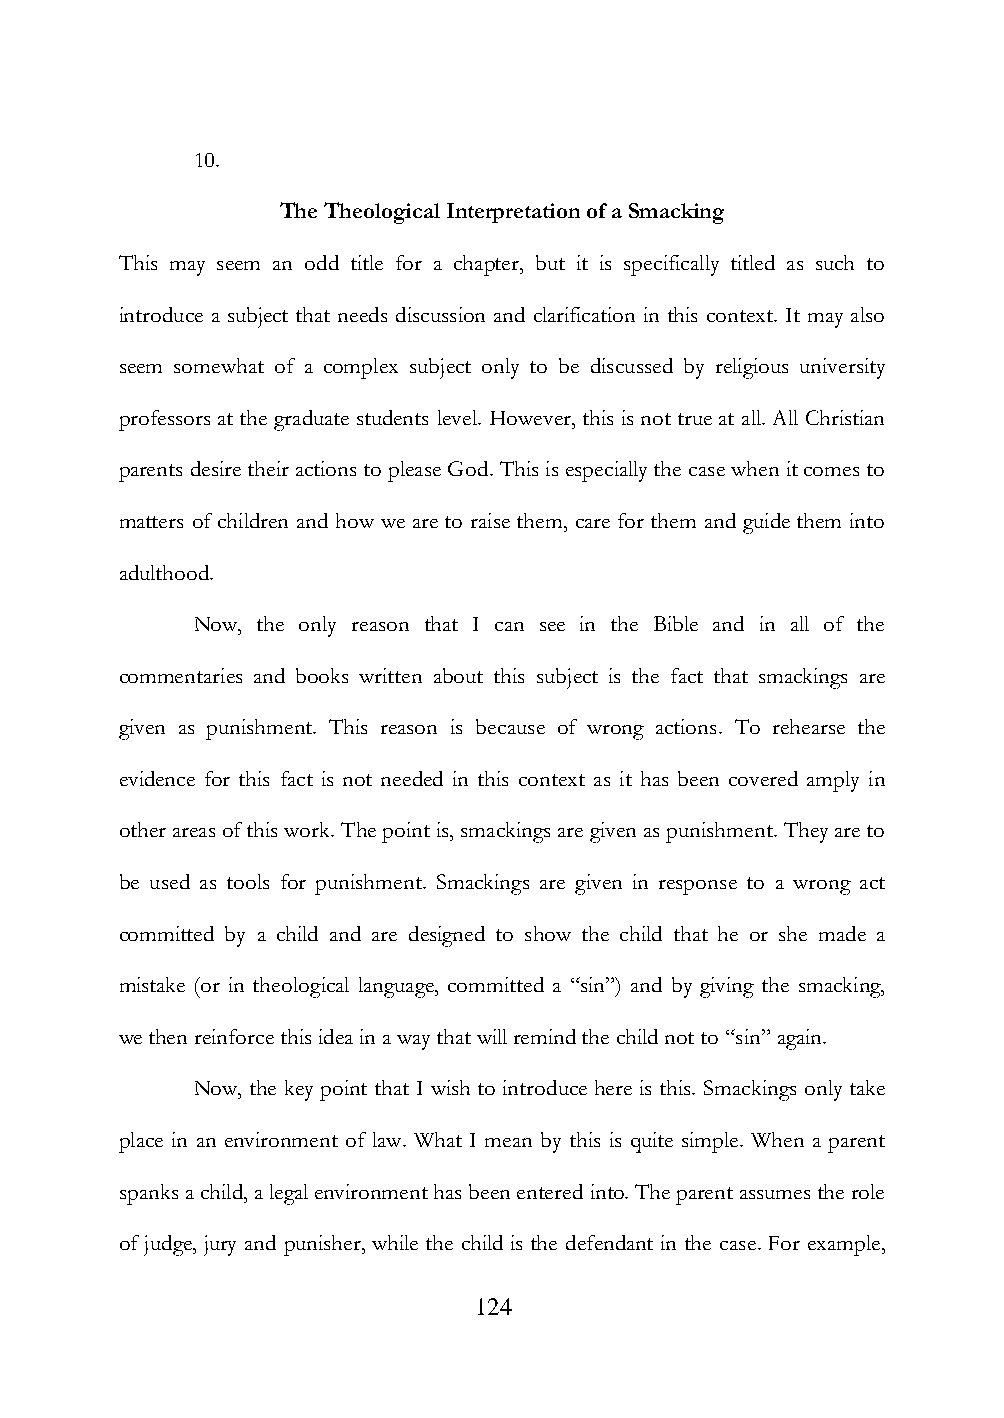
10.
 The Theological Interpretation of a Smacking
 This may seem an odd title for a chapter, but it is specifically titled as such to
 introduce a subject that needs discussion and clarification in this context. It may also
 seem somewhat of a complex subject only to be discussed by religious university
 professors at the graduate students level. However, this is not true at all. All Christian
 parents desire their actions to please God. This is especially the case when it comes to
 matters of children and how we are to raise them, care for them and guide them into
 adulthood.
 Now, the only reason that I can see in the Bible and in all of the
 commentaries and books written about this subject is the fact that smackings are
 given as punishment. This reason is because of wrong actions. To rehearse the
 evidence for this fact is not needed in this context as it has been covered amply in
 other areas of this work. The point is, smackings are given as punishment. They are to
 be used as tools for punishment. Smackings are given in response to a wrong act
 committed by a child and are designed to show the child that he or she made a
 mistake (or in theological language, committed a “sin”) and by giving the smacking,
 we then reinforce this idea in a way that will remind the child not to “sin” again.
 Now, the key point that I wish to introduce here is this. Smackings only take
 place in an environment of law. What I mean by this is quite simple. When a parent
 spanks a child, a legal environment has been entered into. The parent assumes the role
 of judge, jury and punisher, while the child is the defendant in the case. For example,
 124